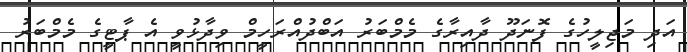
އަދި މަޖިލީހުގެ ފޮނަދޫ ދާއިރާގެ މެމްބަރު އަބްދުއްރަހީމް ވިދާޅުވީ އެ ޕާޓީގެ މެމްބަރު